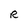
Character: R